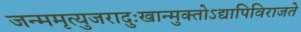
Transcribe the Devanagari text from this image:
जन्ममृत्युजरादुःखान्मुक्‍तोऽद्यापिविराजते